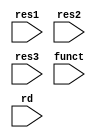
module mux(
	input [31:0] res1, res2, res3,
	input [5:0] funct,
	input [4:0] rd
);

always@ (*) begin
	case ( funct)
	100000 : begin
	glob.r[rd] = res1;
	end
	100010 : begin
	glob.r[rd] = res2;
	end
	default : begin
	glob.r[rd] = res3;
	end
	endcase
end 
endmodule